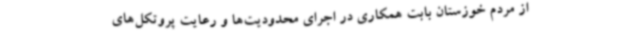
از مردم خوزستان بابت همکاری در اجرای محدودیت‌ها و رعایت پروتکل‌های